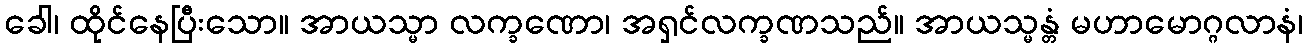
ခေါ၊ ထိုင်နေပြီးသော။ အာယသ္မာ လက္ခဏော၊ အရှင်လက္ခဏသည်။ အာယသ္မန္တံ မဟာမောဂ္ဂလာနံ၊